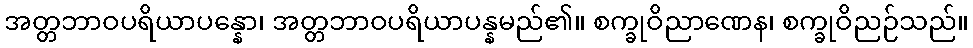
အတ္တဘာဝပရိယာပန္နော၊ အတ္တဘာဝပရိယာပန္နမည်၏။ စက္ခုဝိညာဏေန၊ စက္ခုဝိညဉ်သည်။